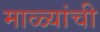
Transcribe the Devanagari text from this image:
माळ्यांची